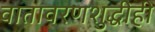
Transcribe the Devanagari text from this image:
वातावरणशुद्धीही